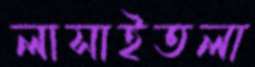
লাসাইতলা